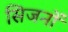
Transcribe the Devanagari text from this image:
सिजनों